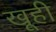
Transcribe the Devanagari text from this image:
खूही